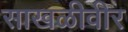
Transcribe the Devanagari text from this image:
साखळीवीर